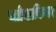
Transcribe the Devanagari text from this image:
स्लोव्हाकियन